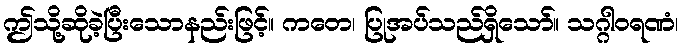
ဤသို့ဆိုခဲ့ပြီးသောနည်းဖြင့်။ ကတေ၊ ပြုအပ်သည်ရှိသော်။ သဂ္ဂါဝရဏံ၊